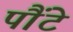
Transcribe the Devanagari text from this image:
पौंटे